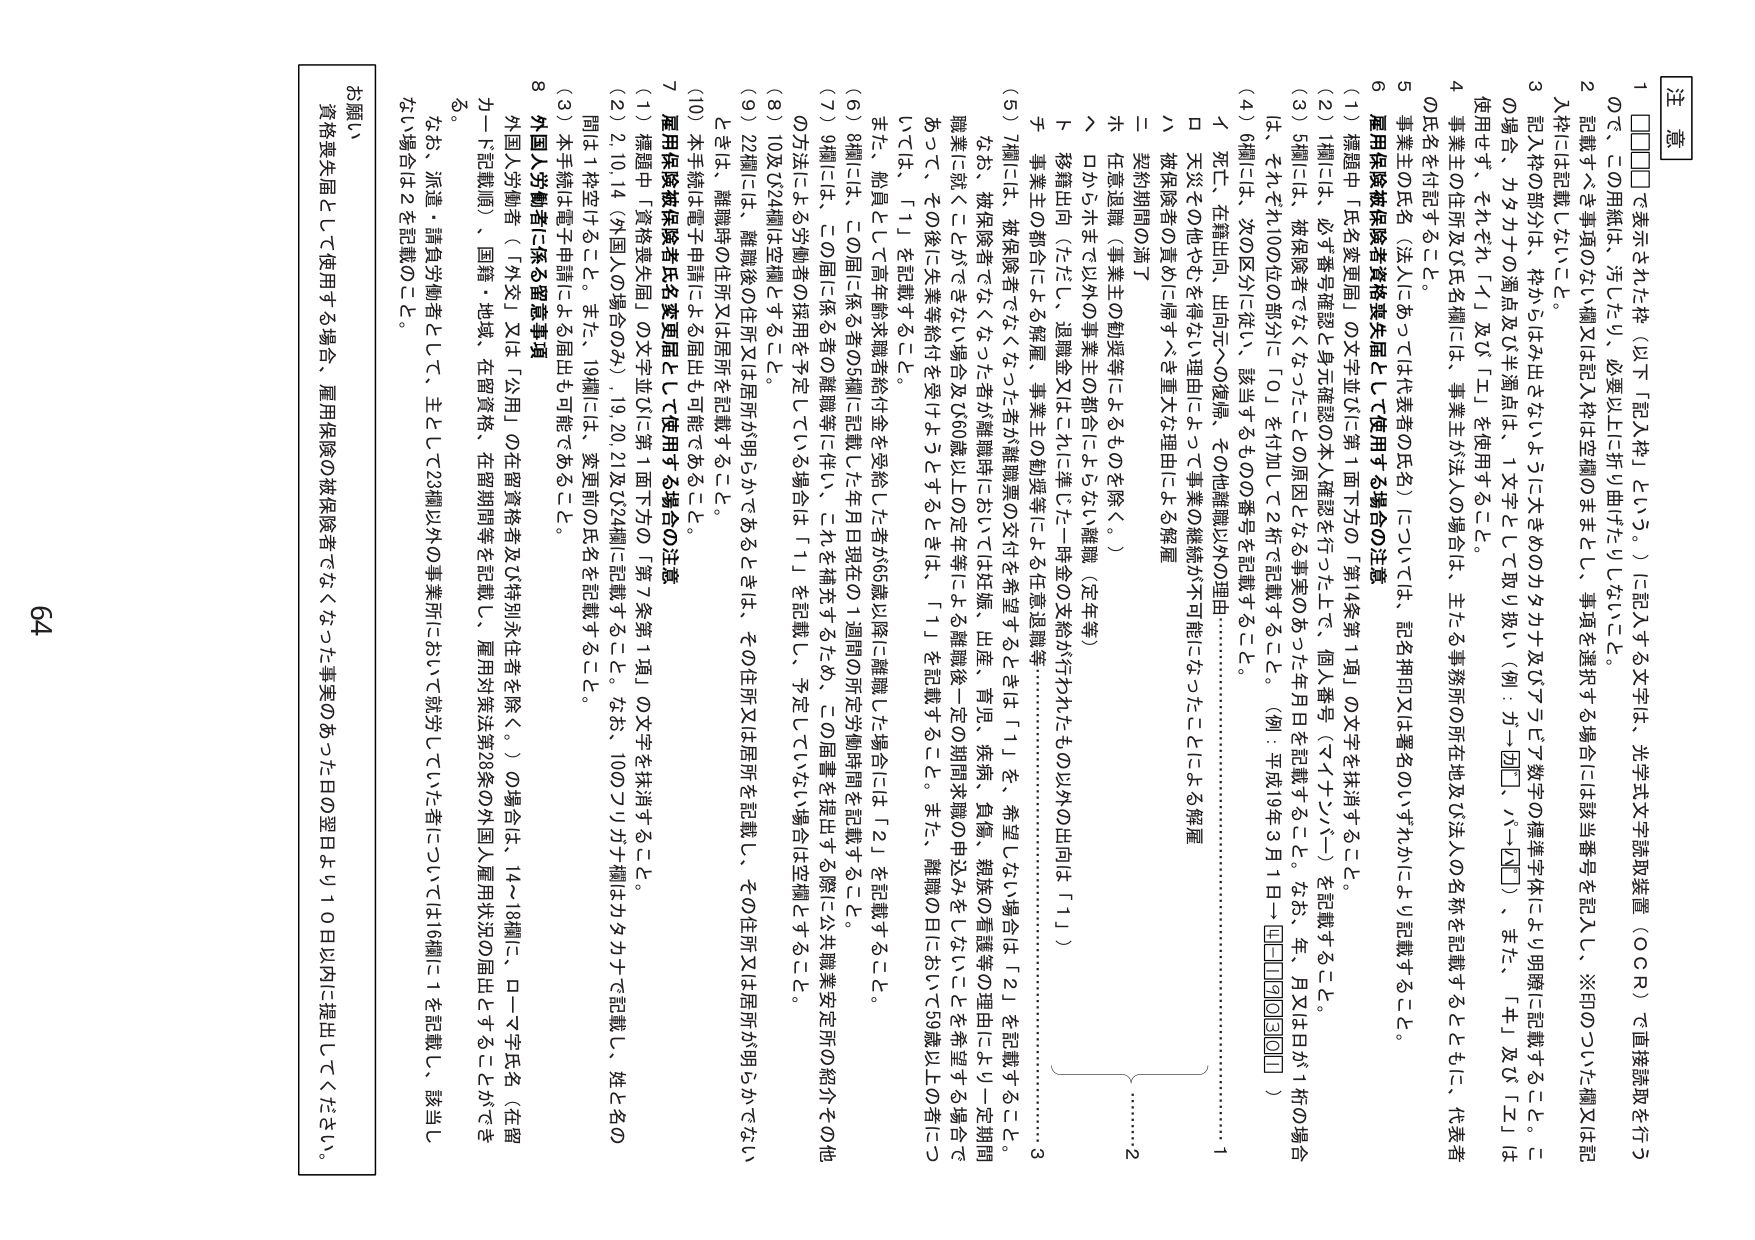
注 意

1 □□□□ で表示された枠（以下「記入枠」という。）に記入する文字は、光学式文字読取装置（OCR）で直接読取を行う
ので、この用紙は、汚したり、必要以上に折り曲げたりしないこと。

2 記載すべき事項のない欄又は記入枠は空欄のままとし、事項を選択する場合には該当番号を記入し、※印のついた欄又は記
入枠には記載しないこと。

3 記入枠の部分は、枠からはみ出さないように大きめのカタカナ及びアラビア数字の標準字体により明瞭に記載すること。こ
の場合、カタカナの濁点及び半濁点は、1文字として取り扱い（例：ガ→□□、ハ→□□）、また、「ヰ」及び「ヱ」は
使用せず、それぞれ「イ」及び「エ」を使用すること。

4 事業主の住所及び氏名欄には、事業主が法人の場合は、主たる事務所の所在地及び法人の名称を記載することもしくは、代表者
の氏名を付記すること。

5 事業主の氏名（法人にあっては代表者の氏名）については、記名押印又は署名のいずれかにより記載すること。

6 雇用保険被保険者資格喪失届として使用する場合の注意

（1） 標題中「氏名変更届」の文字並びに第1面下方の「第4条第1項」の文字を抹消すること。

（2） 1欄には、必ず番号確認と身元確認の本人確認を行った上で、個人番号（マイナンバー）を記載すること。

（3） 5欄には、被保険者でなくなったことの原因となる事実のあった年月日を記載すること。なお、年、月又は日が1桁の場合
は、それぞれ100位の部分に「0」を付加して2桁で記載すること。（例：平成19年3月1日→□□□□□□□□□□）

（4） 6欄には、次の区分に従い、該当するものの番号を記載すること。

イ 死亡、在籍出向、出向元への復帰、その他離職以外の理由

ロ 天災その他やむを得ない理由によって事業の継続が不可能になったことによる解雇

ハ 被保険者の責めに帰すべき重大な理由による解雇

ニ 契約期間の満了

ホ 任意退職（事業主の勧奨等によるものを除く。）

ヘ ロからホまで以外の事業主の都合によるたい離職（定年等）

ト 移籍出向（ただし、退職金又はこれに準じた一時金の支給が行われたもの以外の出向は「1」）

チ 事業主の都合による解雇、事業主の勧奨等による任意退職等

（5） 7欄には、被保険者でなくなった者が離職票の交付を希望するときは「1」を、希望しない場合は「2」を記載すること。
なお、被保険者でなくなった者が離職時における妊娠、出産、育児、疾病、負傷、親族の看護等の理由により一定期間
職業に就くことができない場合及び60歳以上の定年等による離職後一定の期間求職の申込みをしなくても希望する場合で
あって、その後に失業等給付を受けるときは、「1」を記載すること。また、離職の日において59歳以上の場合につ
いては、「1」を記載すること。

また、船員として高年齢求職者給付金を受給した者が65歳以降に離職した場合には「2」を記載すること。

（6） 8欄には、この届に係る者の5欄に記載した年月日現在の1週間の所定労働時間を記載すること。

（7） 9欄には、この届に係る者の離職等に伴い、これを補充するため、この届書を提出する際に公共職業安定所の紹介その他
の方法による労働者の採用を予定している場合は「1」を記載し、予定していない場合は空欄とすること。

（8） 10及び24欄は空欄とすること。

（9） 22欄には、離職後の住所又は居所が明らかであるときは、その住所又は居所を記載し、その住所又は居所が明らかでない
ときは、離職時の住所又は居所を記載すること。

（10） 本手続は電子申請による届出も可能であること。

7 雇用保険被保険者氏名変更届として使用する場合の注意

（1） 標題中「資格喪失届」の文字並びに第1面下方の「第7条第1項」の文字を抹消すること。

（2） 2, 10, 14（外国人の場合のみ）, 19, 20, 21及び24欄に記載すること。なお、10のフリガナ欄はカタカナで記載し、姓と名の
間は1桁空けること。また、19欄には、変更前の氏名を記載すること。

（3） 本手続は電子申請による届出も可能であること。

8 外国人労働者に係る留意事項

外国人労働者（「外交」又は「公用」の在留資格者及び特別永住者を除く。）の場合は、14～18欄に、ローマ字氏名（在留
カード記載順）、国籍・地域、在留資格、在留期間等を記載し、雇用対策法第28条の外国人雇用状況の届出とすることができ
る。

なお、派遣・請負労働者として、主として23欄以外の事業所において就労していた者については16欄に1を記載し、該当し
ない場合は2を記載のこと。

お願い

資格喪失届として使用する場合、雇用保険の被保険者でなくなった事実のあった日の翌日より10日以内に提出してください。

64